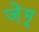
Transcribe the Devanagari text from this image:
ज़ेमू